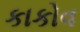
કાકોવ